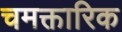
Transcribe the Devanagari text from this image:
चमक्तारिक